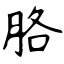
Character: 胳